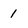
Character: 1